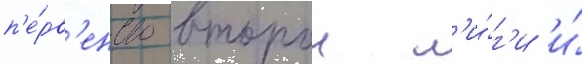
п'е́рв'енство второи л'и́г'и и́